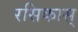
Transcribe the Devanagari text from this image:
रसिकास्